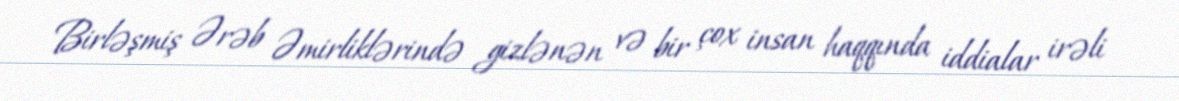
Birləşmiş Ərəb Əmirliklərində gizlənən və bir çox insan haqqında iddialar irəli